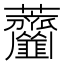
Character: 𦺅